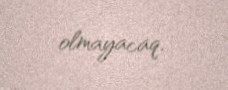
olmayacaq.